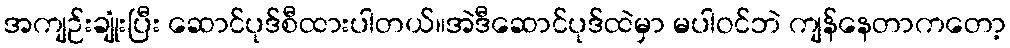
အကျဉ်းချုံးပြီး ဆောင်ပုဒ်စီထားပါတယ်။အဲဒီဆောင်ပုဒ်ထဲမှာ မပါဝင်ဘဲ ကျန်နေတာကတော့